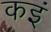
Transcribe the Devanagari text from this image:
कइं